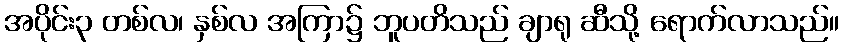
အပိုင်း၃ တစ်လ၊ နှစ်လ အကြာ၌ ဘူပတိသည် ချာရု ဆီသို့ ရောက်လာသည်။